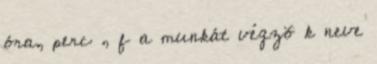
óra, perc , f a munkát végzõ k neve